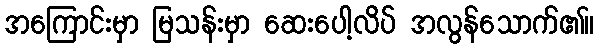
အကြောင်းမှာ မြသန်းမှာ ဆေးပေါ့လိပ် အလွန်သောက်၏။